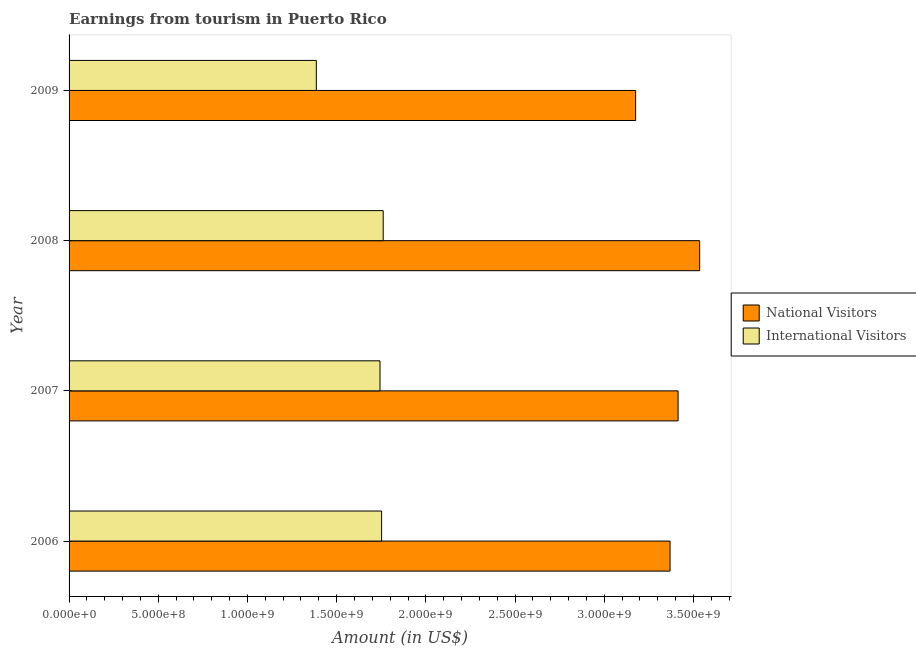
| Year | National Visitors | International Visitors |
 | --- | --- | --- |
 | 2006 | 3.37e+09 | 1.75e+09 |
 | 2007 | 3.41e+09 | 1.74e+09 |
 | 2008 | 3.54e+09 | 1.76e+09 |
 | 2009 | 3.18e+09 | 1.39e+09 |